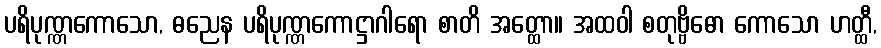
ပရိပုဏ္ဏကောသော, ဓညေန ပရိပုဏ္ဏကောဋ္ဌာဂါရော စာတိ အတ္ထော။ အထဝါ စတုဗ္ဗိဓော ကောသော ဟတ္ထီ,